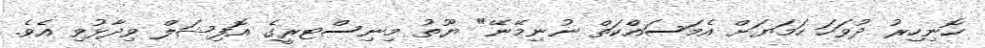
ހޮނިހިރު ދުވަހަ ހަމަޔަށް އެމަސައްކަތް ނުނިމޭނޭ" ޔޫތު މިނިސްޓރީގެ އޮފިޝަލް ވިދާޅުވި އެވެ.